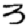
Digit: 3